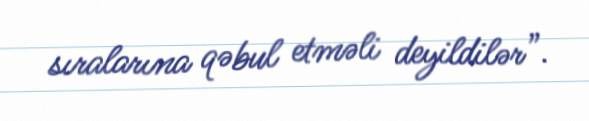
sıralarına qəbul etməli deyildilər”.